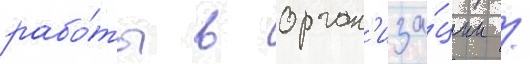
рабо́ты в орган'иза́ции /